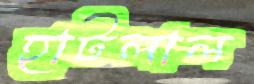
হাটলাল